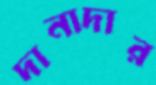
দানাদার